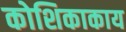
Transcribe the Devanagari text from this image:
कोशिकाकाय